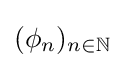
(\phi _{n})_{n\in \mathbb {N} }